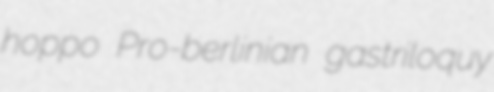
hoppo Pro-berlinian gastriloquy